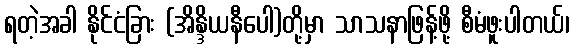
ရတဲ့အခါ နိုင်ငံခြား (အိန္ဒိယနီပေါ)တို့မှာ သာသနာဖြန့်ဖို့ စီမံဖူးပါတယ်၊